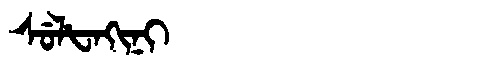
Manchu: ᠰᡠᠯᡶᠠᡴᡳᠨᡳ
Romanization: SULFAKINI